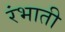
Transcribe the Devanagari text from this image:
रंभाती